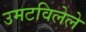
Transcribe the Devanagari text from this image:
उमटविलेले